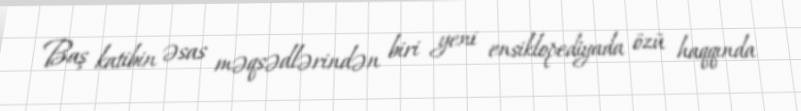
Baş katibin əsas məqsədlərindən biri yeni ensiklopediyada özü haqqında